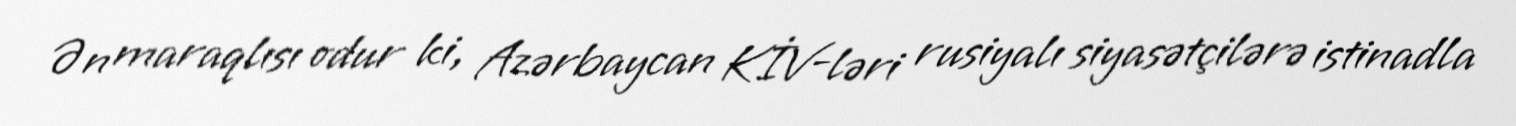
Ən maraqlısı odur ki, Azərbaycan KİV-ləri rusiyalı siyasətçilərə istinadla